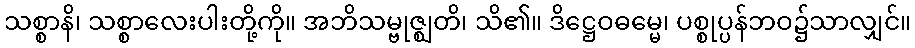
သစ္စာနိ၊ သစ္စာလေးပါးတို့ကို။ အဘိသမ္ဗုဇ္ဈတိ၊ သိ၏။ ဒိဋ္ဌေဝဓမ္မေ၊ ပစ္စုပ္ပန်ဘဝ၌သာလျှင်။